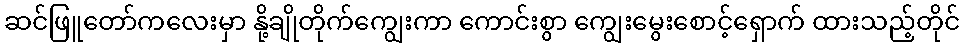
ဆင်ဖြူတော်ကလေးမှာ နို့ချိုတိုက်ကျွေးကာ ကောင်းစွာ ကျွေးမွေးစောင့်ရှောက် ထားသည့်တိုင်